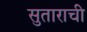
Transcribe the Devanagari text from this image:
सुताराची